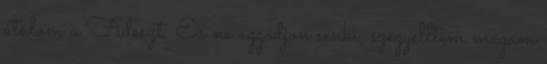
útálom a Fideszt. És ne aggódjon senki, szégyelltem magam